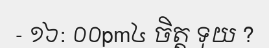
- ១៦: ០០pm៤ ចិត្ត ទុយ ?